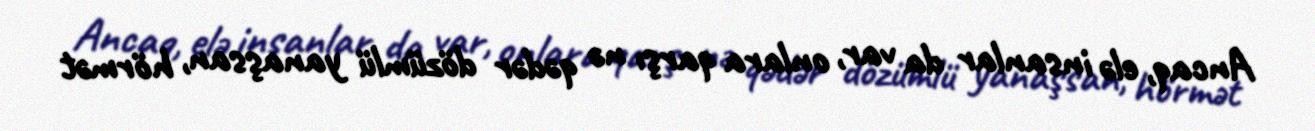
Ancaq, elə insanlar da var, onlara qarşı nə qədər dözümlü yanaşsan, hörmət